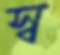
স্ব